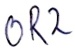
Text: OR2